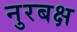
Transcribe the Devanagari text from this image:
नुरबक्ष